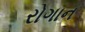
રોગાન